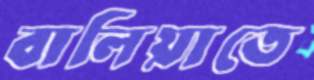
বালিয়াতে